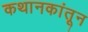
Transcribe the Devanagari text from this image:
कथानकांतून